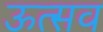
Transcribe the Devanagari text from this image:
ऊत्सव